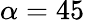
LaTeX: \alpha=45